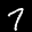
Label: 7